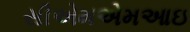
સીએમએમઆઇ